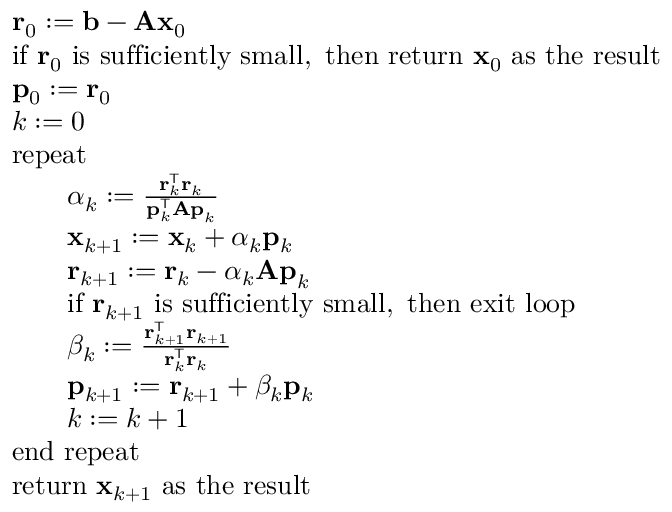
{ \begin{array} { r l } & { \mathbf { r } _ { 0 } : = \mathbf { b } - \mathbf { A x } _ { 0 } } \\ & { { \mathrm { i f ~ } } \mathbf { r } _ { 0 } { \mathrm { ~ i s ~ s u f f i c i e n t l y ~ s m a l l , ~ t h e n ~ r e t u r n ~ } } \mathbf { x } _ { 0 } { \mathrm { ~ a s ~ t h e ~ r e s u l t } } } \\ & { \mathbf { p } _ { 0 } : = \mathbf { r } _ { 0 } } \\ & { k : = 0 } \\ & { { \mathrm { r e p e a t } } } \\ & { \qquad \alpha _ { k } : = { \frac { \mathbf { r } _ { k } ^ { \mathsf { T } } \mathbf { r } _ { k } } { \mathbf { p } _ { k } ^ { \mathsf { T } } \mathbf { A p } _ { k } } } } \\ & { \qquad \mathbf { x } _ { k + 1 } : = \mathbf { x } _ { k } + \alpha _ { k } \mathbf { p } _ { k } } \\ & { \qquad \mathbf { r } _ { k + 1 } : = \mathbf { r } _ { k } - \alpha _ { k } \mathbf { A p } _ { k } } \\ & { \qquad { \mathrm { i f ~ } } \mathbf { r } _ { k + 1 } { \mathrm { ~ i s ~ s u f f i c i e n t l y ~ s m a l l , ~ t h e n ~ e x i t ~ l o o p } } } \\ & { \qquad \beta _ { k } : = { \frac { \mathbf { r } _ { k + 1 } ^ { \mathsf { T } } \mathbf { r } _ { k + 1 } } { \mathbf { r } _ { k } ^ { \mathsf { T } } \mathbf { r } _ { k } } } } \\ & { \qquad \mathbf { p } _ { k + 1 } : = \mathbf { r } _ { k + 1 } + \beta _ { k } \mathbf { p } _ { k } } \\ & { \qquad k : = k + 1 } \\ & { { \mathrm { e n d ~ r e p e a t } } } \\ & { { \mathrm { r e t u r n ~ } } \mathbf { x } _ { k + 1 } { \mathrm { ~ a s ~ t h e ~ r e s u l t } } } \end{array} }